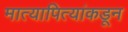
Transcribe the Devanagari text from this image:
मात्यापित्यांकडून